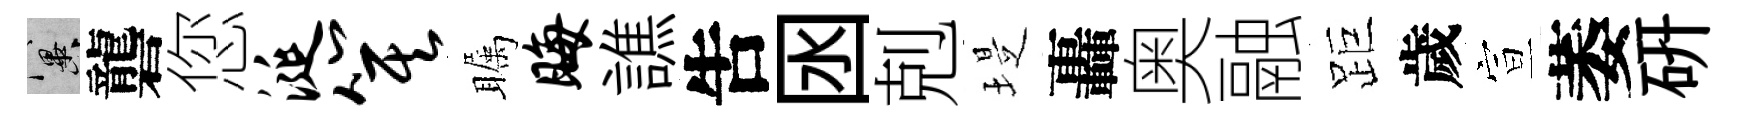
冀礱您涎箕瞩晦譙吿囦剋堤轟奥融距歲宣萎硏